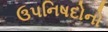
ઉપનિષદોનો